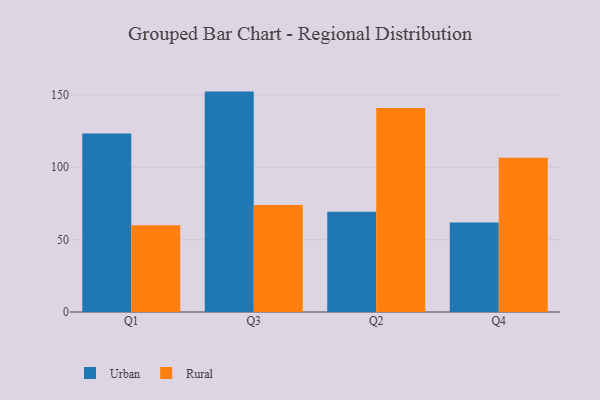
{"axis": {"x": "Quarter", "y": "Demand Index"}, "legend": ["Rural", "Urban"], "data": [{"x": "Q1", "y": 123.4, "type": "Urban"}, {"x": "Q1", "y": 60.0, "type": "Rural"}, {"x": "Q3", "y": 152.3, "type": "Urban"}, {"x": "Q3", "y": 73.9, "type": "Rural"}, {"x": "Q2", "y": 69.2, "type": "Urban"}, {"x": "Q2", "y": 140.9, "type": "Rural"}, {"x": "Q4", "y": 61.8, "type": "Urban"}, {"x": "Q4", "y": 106.6, "type": "Rural"}]}